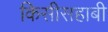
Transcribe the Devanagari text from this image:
किसीसहाबी